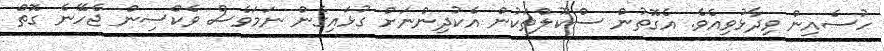
ހުސެއިން ވިދާޅުވިއެވެ. އެގޮތުން ސްކޫލްތަކުން އެކުދިންނަށް ގުޅައިގެން ނަމަވެސް ވެކްސިން ޖެހޭނެ ގޮތް